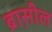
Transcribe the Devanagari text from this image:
ब्रास़ील